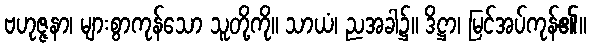
ဗဟုဇ္ဇနာ၊ များစွာကုန်သော သူတို့ကို။ သာယံ၊ ညအခါ၌။ ဒိဋ္ဌာ၊ မြင်အပ်ကုန်၏။